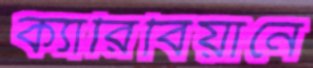
ক্যারিবিয়ানে